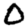
Digit: 0